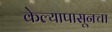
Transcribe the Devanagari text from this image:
केल्यापासूनचा